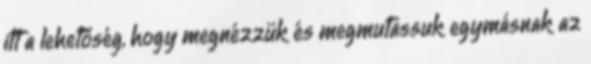
itt a lehetőség, hogy megnézzük és megmutassuk egymásnak az